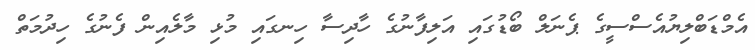
އެމްޑަބްލިޔުއެސްސީގެ ޕެނަލް ބޯޑުގައި އަލިފާނުގެ ހާދިސާ ހިނގައި މުޅި މާލެއިން ފެނުގެ ހިދުމަތް